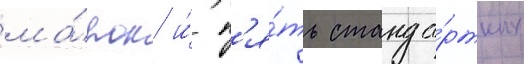
ма́рок и́ п'я́ть станда́ртных